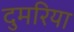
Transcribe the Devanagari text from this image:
दुमरिया